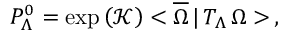
P _ { \Lambda } ^ { 0 } = \exp \left( \mathcal { K } \right) < \overline { { { \Omega } } } \, | \, T _ { \Lambda } \, \Omega > \, ,